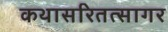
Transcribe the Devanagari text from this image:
कथासरितत्सागर